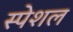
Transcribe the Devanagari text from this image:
स्‍पेशल